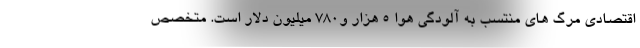
اقتصادی مرگ های منتسب به آلودگی هوا ۵ هزار و۷۸۰ میلیون دلار است. متخصص